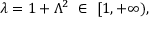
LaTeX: \lambda = 1 + \Lambda ^ { 2 } \ \in \ [ 1 , + \infty ) ,